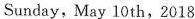
Sunday, May 10 th, 2018